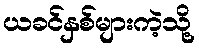
ယခင်နှစ်များကဲ့သို့